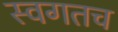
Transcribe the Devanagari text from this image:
स्वगतच